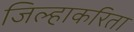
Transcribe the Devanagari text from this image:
जिल्हाकरिता